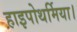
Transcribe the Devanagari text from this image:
हाइपोथर्मिया।